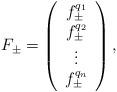
LaTeX: \begin{align*}F_\pm =\left( \begin{array}{c} f^{q_1}_\pm \\ f^{q_2}_\pm \\ \vdots \\f^{q_n}_\pm \end{array}\right),\end{align*}